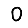
Digit: 0